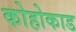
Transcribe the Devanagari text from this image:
कोहोकाड